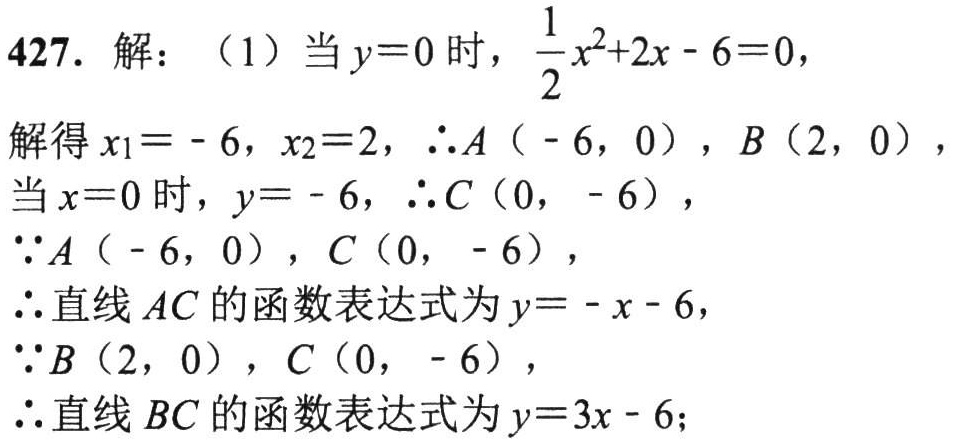
427. 解：（1）当\(y = 0\)时，\(\frac{1}{2}x^{2}+2x - 6 = 0\)，
解得\(x_{1}=-6\)，\(x_{2}=2\)，\(\therefore A(-6,0)\)，\(B(2,0)\)，
当\(x = 0\)时，\(y = - 6\)，\(\therefore C(0,-6)\)，
\(\because A(-6,0)\)，\(C(0,-6)\)，
\(\therefore\)直线\(AC\)的函数表达式为\(y=-x - 6\)，
\(\because B(2,0)\)，\(C(0,-6)\)，
\(\therefore\)直线\(BC\)的函数表达式为\(y = 3x - 6\)；